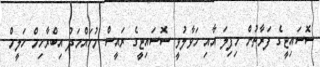
ސޮސައިޓީގެ ފަރާތުން މިފިލަ އާއި ހަވާލުވީ ސޮސައިޓީގެ ރައީސް މުހައްމަދު އިބްރާހިމް ހަލީމް